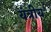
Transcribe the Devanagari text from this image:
यंत्रीय